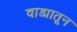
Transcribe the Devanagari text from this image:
वाड्यातून